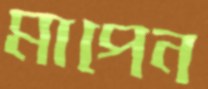
মাপেন